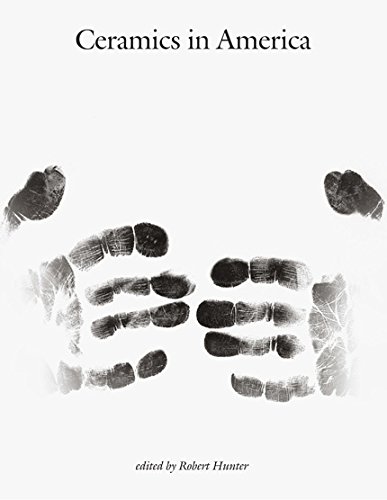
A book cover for Ceramics in America 2014 (Ceramics in America Annual); Crafts, Hobbies & Home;